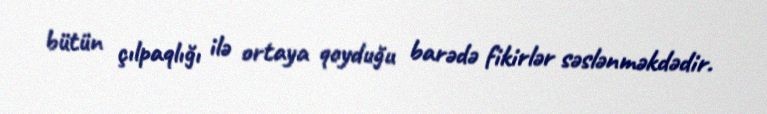
bütün çılpaqlığı ilə ortaya qoyduğu barədə fikirlər səslənməkdədir.